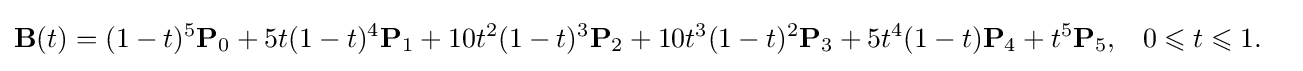
{\begin{aligned}\mathbf {B} (t)&=(1-t)^{5}\mathbf {P} _{0}+5t(1-t)^{4}\mathbf {P} _{1}+10t^{2}(1-t)^{3}\mathbf {P} _{2}+10t^{3}(1-t)^{2}\mathbf {P} _{3}+5t^{4}(1-t)\mathbf {P} _{4}+t^{5}\mathbf {P} _{5},&&0\leqslant t\leqslant 1.\end{aligned}}